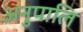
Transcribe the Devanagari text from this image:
अनुपालि